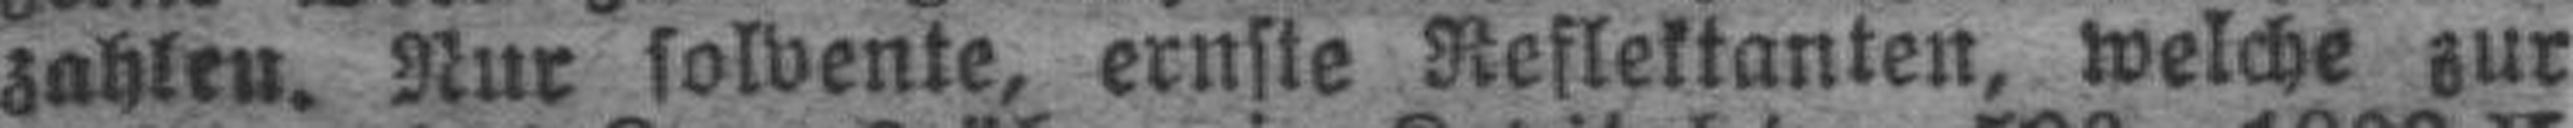
zahlen. Nur solvente, ernste Reflektanten, welche zur